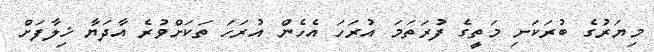
މިޔަރުގެ ބުރަކަށި މަތީގެ ފުރަތަމަ އުރަހަ އެހެން އުރަހަ ތަކަށްވުރެ އާދަޔާ ޚިލާފަށް